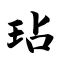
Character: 玷